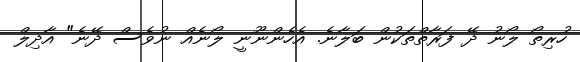
ހުރިތޯ ލޯނު ދޭ ފަރާތްތަކުން ބަލާނެ. އެހެންނޫނީ ލޯނެއް ނުވެސް ދޭނެ" އާދިލް